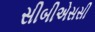
સીબીએસસી